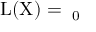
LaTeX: \mathrm { { { L } ( X ) = \aleph _ { 0 } } }